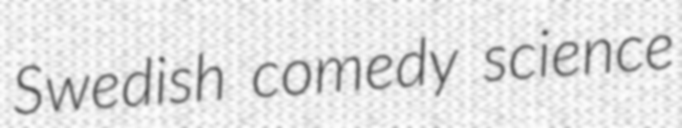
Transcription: Swedish comedy science